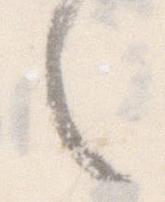
く